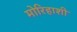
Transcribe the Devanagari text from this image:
मोरिहाशी